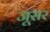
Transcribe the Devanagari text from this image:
जूसर